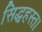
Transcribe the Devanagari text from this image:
सिद्धहस्त।